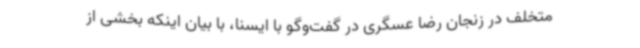
متخلف در زنجان رضا عسگری در گفت‌وگو با ایسنا، با بیان اینکه بخشی از